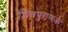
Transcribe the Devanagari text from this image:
शिवपुराणके